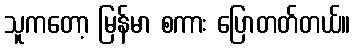
သူကတော့ မြန်မာ စကား ပြောတတ်တယ်။